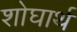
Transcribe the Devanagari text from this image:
शोघार्थ